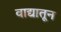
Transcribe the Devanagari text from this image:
वाद्यातून